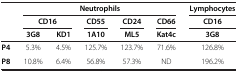
<table><thead><tr><td><b> </b></td><td colspan="5"><b>Neutrophils</b></td><td><b>Lymphocytes</b></td></tr><tr><td><b> </b></td><td colspan="2"><b>CD16</b></td><td><b>CD55</b></td><td><b>CD24</b></td><td><b>CD66</b></td><td><b>CD16</b></td></tr><tr><td><b> </b></td><td><b>3G8</b></td><td><b>KD1</b></td><td><b>1A10</b></td><td><b>ML5</b></td><td><b>Kat4c</b></td><td><b>3G8</b></td></tr></thead><tbody><tr><td><b>P4</b></td><td>5.3%</td><td>4.5%</td><td>125.7%</td><td>123.7%</td><td>71.6%</td><td>126.8%</td></tr><tr><td><b>P8</b></td><td>10.8%</td><td>6.4%</td><td>56.8%</td><td>57.3%</td><td>ND</td><td>196.2%</td></tr></tbody></table>